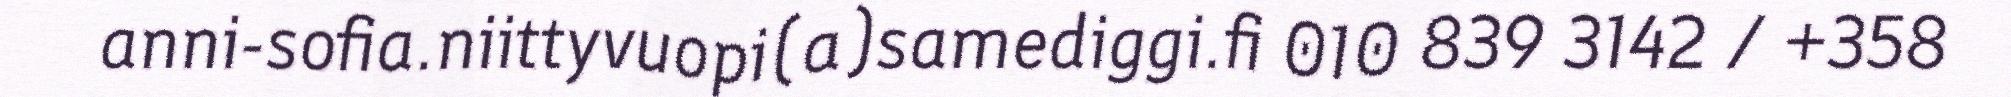
anni-sofia.niittyvuopi(a)samediggi.fi 010 839 3142 / +358